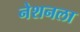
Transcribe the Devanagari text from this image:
नेशनला